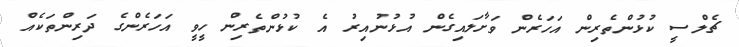
ޗެލްސީ ކުޅުންތެރިން އަހަރެން ވަށާލައިގެން އުޅުނުއިރު އެ ކުޅުންތެރިން ހީވީ އަހަރެންގެ ދަރިންތަކެއް